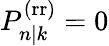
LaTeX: P_{n|k}^{\mathrm{(rr)}}=0